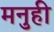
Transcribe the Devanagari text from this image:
मनुही